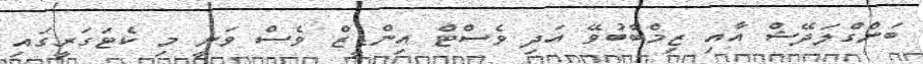
ބަންގްލަދޭޝް އާއި ޒިމްބާބުވޭ އަދި ވެސްޓް އިންޑީޒް ވެސް ވަނީ މި ކެޓަގަރީގައި